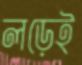
লড়েই